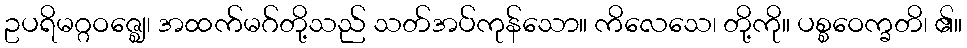
ဥပရိမဂ္ဂဝဇ္ဈေ၊ အထက်မဂ်တို့သည် သတ်အပ်ကုန်သော။ ကိလေသေ၊ တို့ကို။ ပစ္စဝေက္ခတိ၊ ၏။